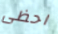
احظى